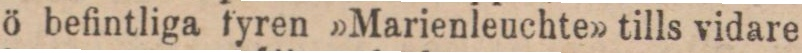
ö befintliga fyren »Marienleuchte» tills vidare